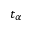
t _ { \alpha }